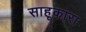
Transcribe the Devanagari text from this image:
साहूकारा